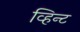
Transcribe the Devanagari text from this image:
व्हिन्ट